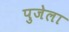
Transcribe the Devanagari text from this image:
पुजेला